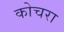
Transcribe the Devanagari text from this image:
कोचरा